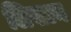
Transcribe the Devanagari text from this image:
लिसान